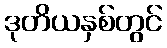
ဒုတိယနှစ်တွင်